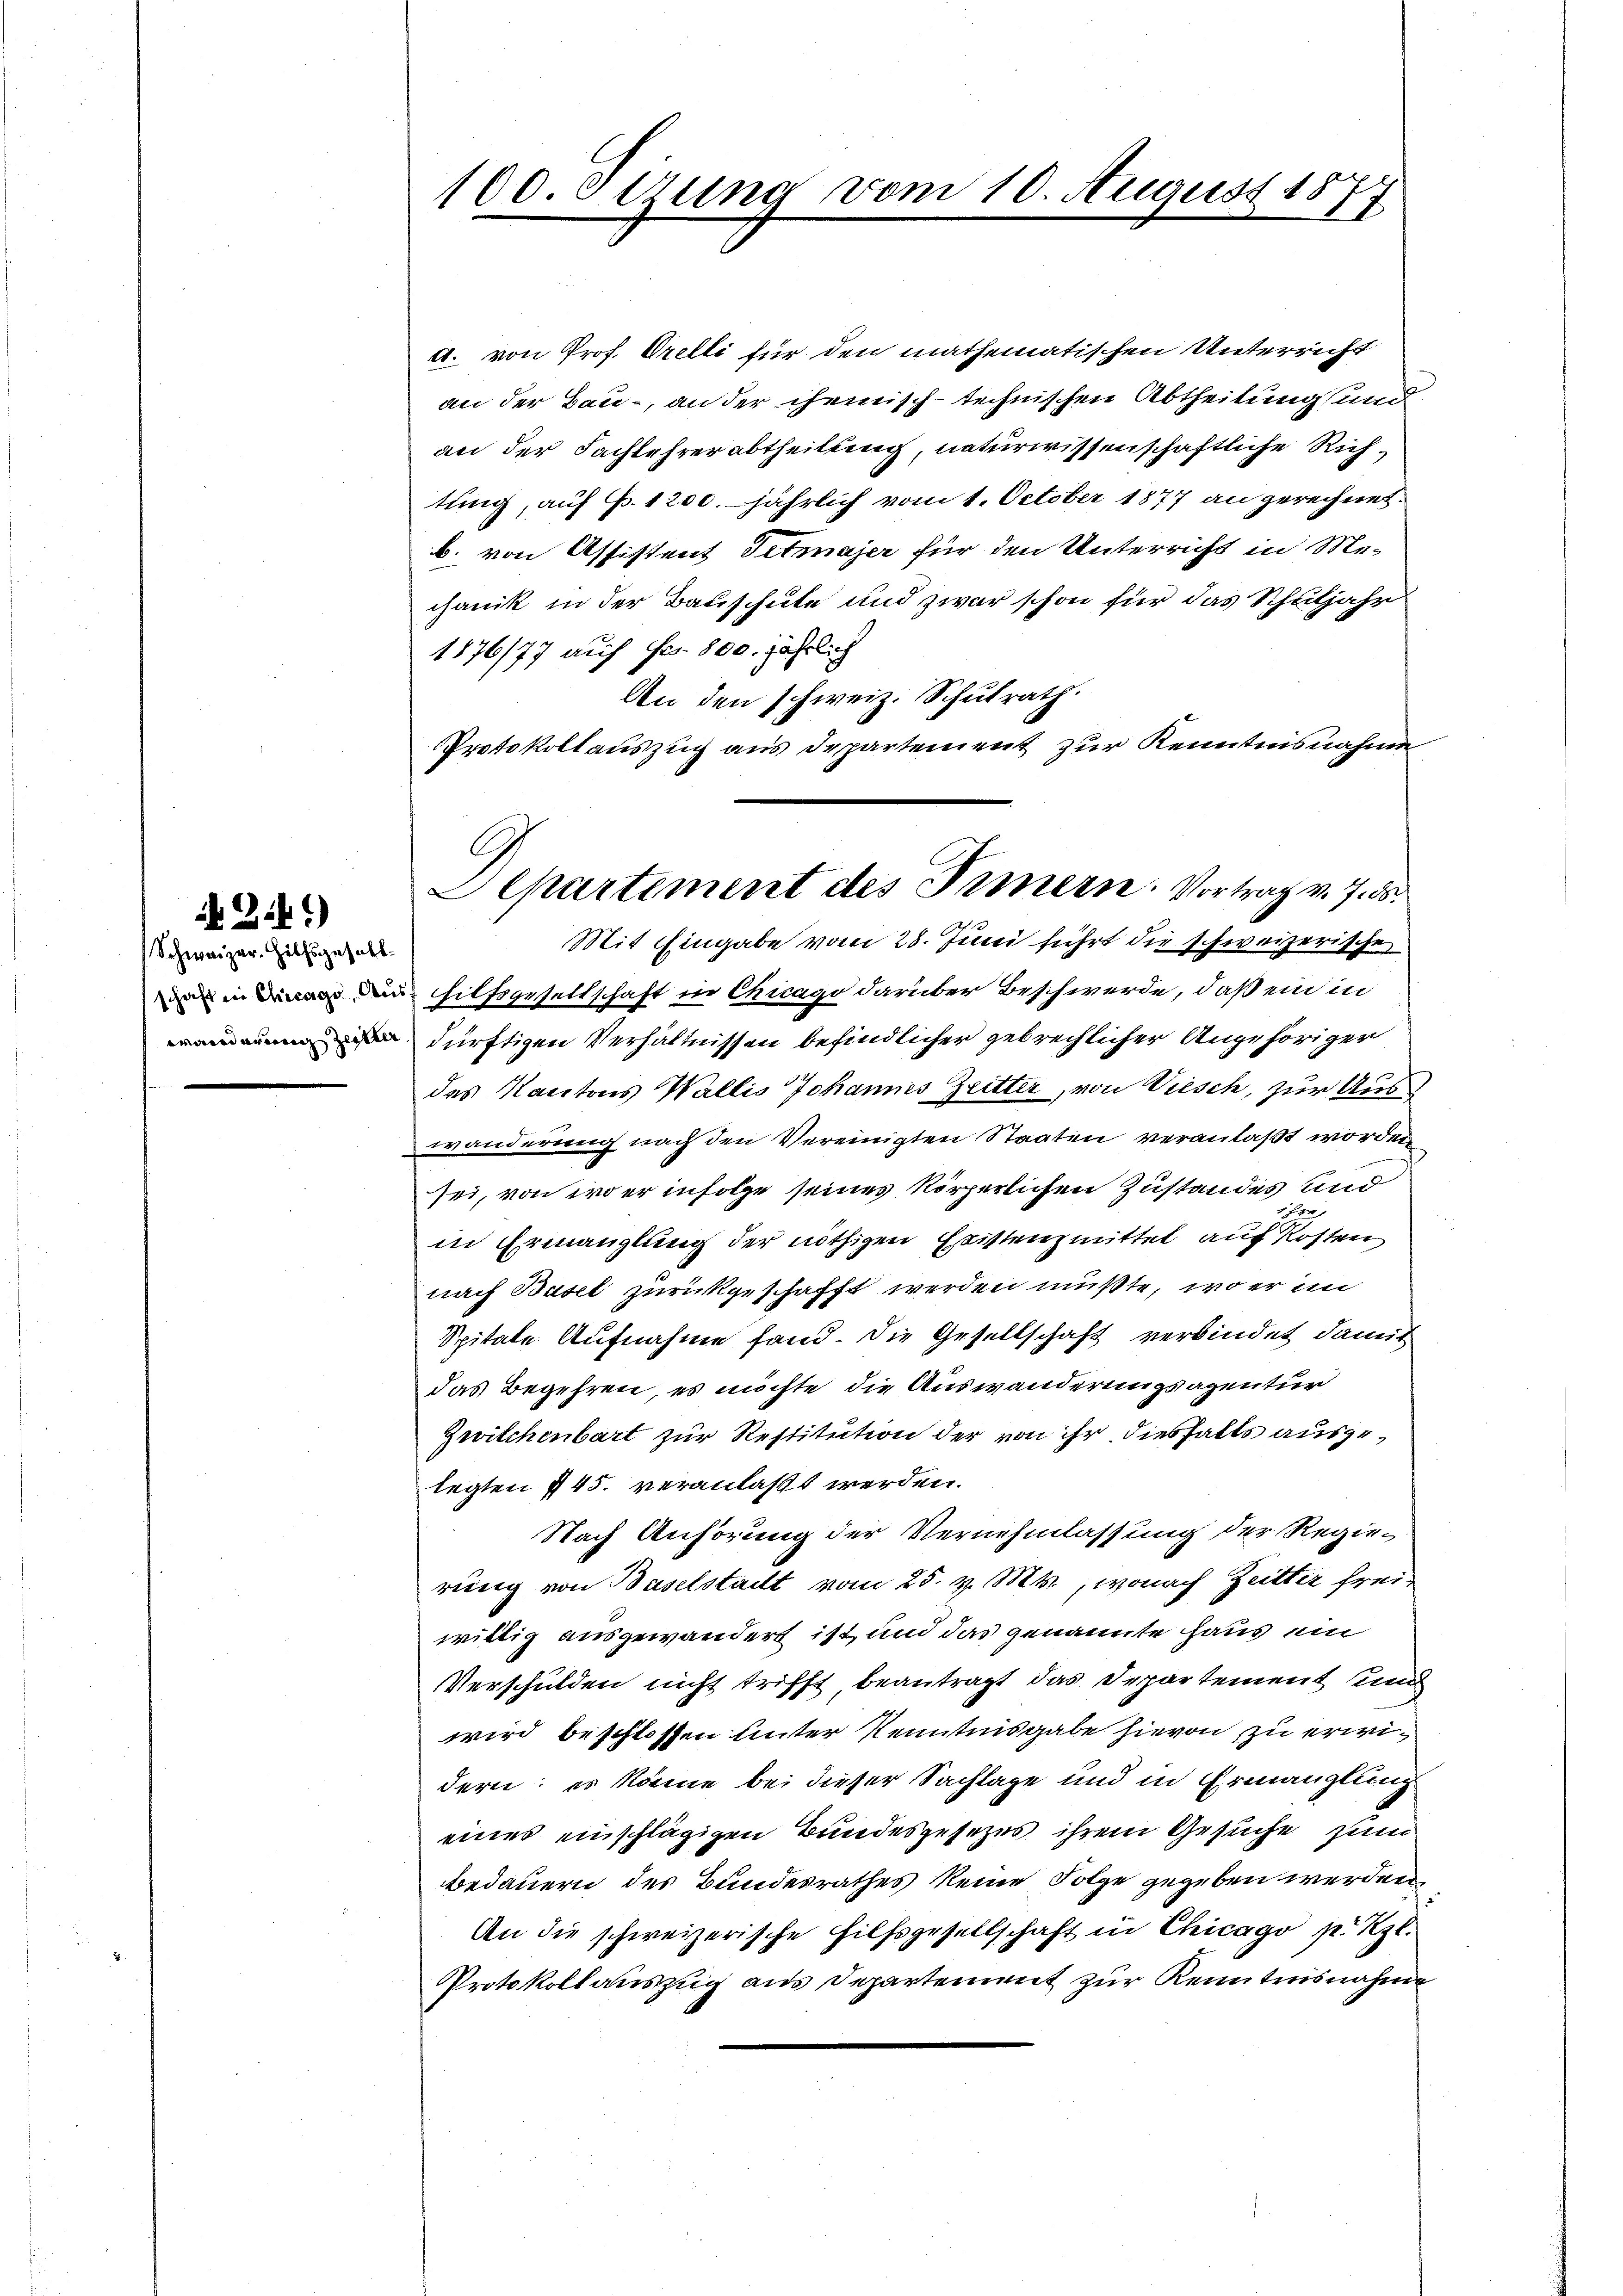
3.4 *)
Schweizer. Hilfsgesellschaft in Chicago Au
wanderung zeitter

100. etzung vom 10. August 18
1

d. von Prof. Orelli für den mathematischen Unterricht
an der Bau-, an der chemisch-technischen Abtheilung und
an der Fachlehrerabtheilung, naturwissenschaftliche Richtung, auf p. 1200. jährlich vom 1. October 1877 an gerechnet.
b. von Assistent Titmajer für den Unterricht in Me-
chanik in der Bauschule und zwar schon für das Schuljahr
1876/77 auf Fr. 800. jährlich
An den schweiz. Schulrath.
Protokollauszug aus Departement zur Kenntnisnahme

Departement des Innern. Vortrag v. 7. ds.
Mit Eingabe vom 28. Juni führt die schweizerische

hilfsgesellschaft in Chicago darüber Beschwerde, daß ein in
dürftigen Verhältnissen befindlicher gebrechlicher Angehöriger
des Kantons Wallis Johannes Zeitter, von Viesch, zur Auswanderung nach den Vereinigten Staaten veranlaßt worden
sei, von wo er infolge seines körperlichen Zustandes und
1 Fr
in Ermanglung der nöthigen Eristenzmittel auf Kosten
nach Basel zurückgeschafft werden mußte, wo er im
Spitale Aufnahme fand. Die Gesellschaft verbindet damit
das Begehren, es möchte, die Auswanderungsagentur
Zwitchenbart zur Restitution der von ihr diesfalls ausgelegten § 45. veranlaßt werden.
Nach Anhörung der Vernehmlassung der Regie-
rung von Baselstadt vom 25. v. Mts., wonach Zeitter freiwittig ausgewandert ist und das genannte Haus ein
Verschulden nicht trifft beantragt das Departement und
wird beschlossen unter Kenntnisgabe hievon zu erwidern; es könne bei dieser Sachlage und in Ermanglung
eines einschlägigen Bundesgesetzes ihrem Gesuche zum
bedauern des Bundesrathes keine Folge gegeben werden,
An die schweizerische Hilfsgesellschaft in Chicago p. Rzt.
Protokollauszug aus Departement zur Kenntnisnahme